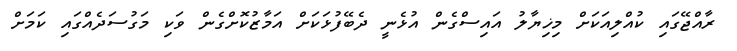
ރާއްޖޭގައި ކުއްލިއަކަށް މިޚިޔާލު އައިސްގެން އުޅެނީ ދެބޭފުޅަކަށް އަމާޒުކޮށްގެން ވަކި މަގުސަދެއްގައި ކަމަށް